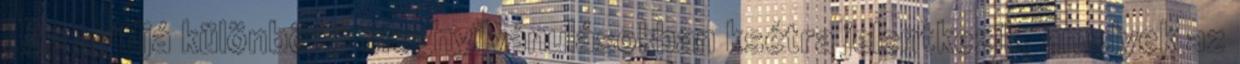
. Az avidjá különböző megnyilvánulásokban ksétra jelentkezik, amelyek az